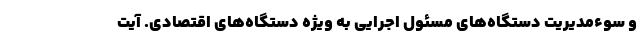
و سوءمدیریت دستگاه‌های مسئول اجرایی به ویژه دستگاه‌های اقتصادی. آیت